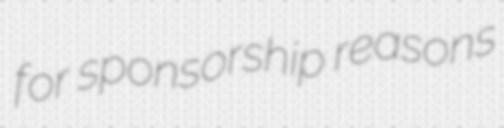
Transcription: for sponsorship reasons